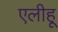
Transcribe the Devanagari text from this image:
एलीहू